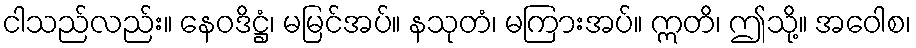
ငါသည်လည်း။ နေဝဒိဋ္ဌံ၊ မမြင်အပ်။ နသုတံ၊ မကြားအပ်။ ဣတိ၊ ဤသို့။ အဝေါစ၊